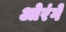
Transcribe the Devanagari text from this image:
ओरंगे